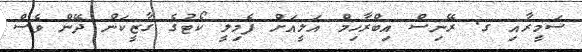
ސަމީރާއި ގ. ރޭނިސް އިބްރާހިމް އަލީއަށް ފެމިލީ ކޯޓުގެ ގާޒީކަން ދޭން ވެސް